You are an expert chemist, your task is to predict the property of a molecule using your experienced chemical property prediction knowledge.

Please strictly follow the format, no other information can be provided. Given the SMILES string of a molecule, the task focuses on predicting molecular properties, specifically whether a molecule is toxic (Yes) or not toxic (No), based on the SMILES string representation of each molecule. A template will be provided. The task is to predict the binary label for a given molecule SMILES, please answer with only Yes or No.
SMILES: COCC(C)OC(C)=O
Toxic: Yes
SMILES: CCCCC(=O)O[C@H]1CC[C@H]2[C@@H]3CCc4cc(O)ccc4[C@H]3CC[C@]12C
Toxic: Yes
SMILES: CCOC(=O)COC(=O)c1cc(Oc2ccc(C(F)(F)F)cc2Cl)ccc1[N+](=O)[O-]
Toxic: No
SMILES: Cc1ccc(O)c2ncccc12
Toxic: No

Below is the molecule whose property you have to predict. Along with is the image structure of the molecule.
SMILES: C=C1/C(=C\C=C2/CCC[C@@]3(C)[C@H]2CC[C@@H]3[C@H](C)CCCC(C)(C)O)C[C@@H](O)C[C@@H]1O
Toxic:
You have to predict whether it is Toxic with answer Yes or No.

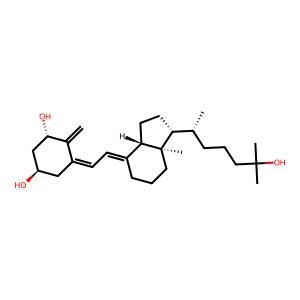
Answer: No